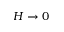
H \to 0